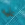
عليه